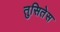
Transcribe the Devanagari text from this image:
तुसितेस